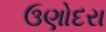
ઉણોદરા